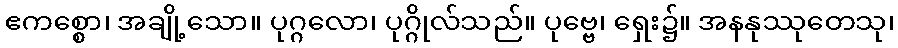
ဧကစ္စော၊ အချို့သော။ ပုဂ္ဂလော၊ ပုဂ္ဂိုလ်သည်။ ပုဗ္ဗေ၊ ရှေး၌။ အနနုဿုတေသု၊